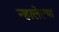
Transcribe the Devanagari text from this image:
न्हालेल्या